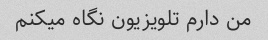
من دارم تلویزیون نگاه میکنم